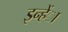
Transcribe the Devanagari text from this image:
इन्हेंा